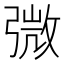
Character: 𢐍